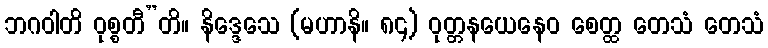
ဘဂဝါတိ ဝုစ္စတီ”တိ။ နိဒ္ဒေသေ (မဟာနိ။ ၈၄) ဝုတ္တနယေနေဝ စေတ္ထ တေသံ တေသံ